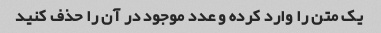
یک متن را وارد کرده و عدد موجود در آن را حذف کنید